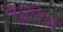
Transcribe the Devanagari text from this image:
लक्षुनिया